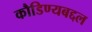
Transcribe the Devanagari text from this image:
कौडिण्यबद्दल